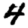
Digit: 4